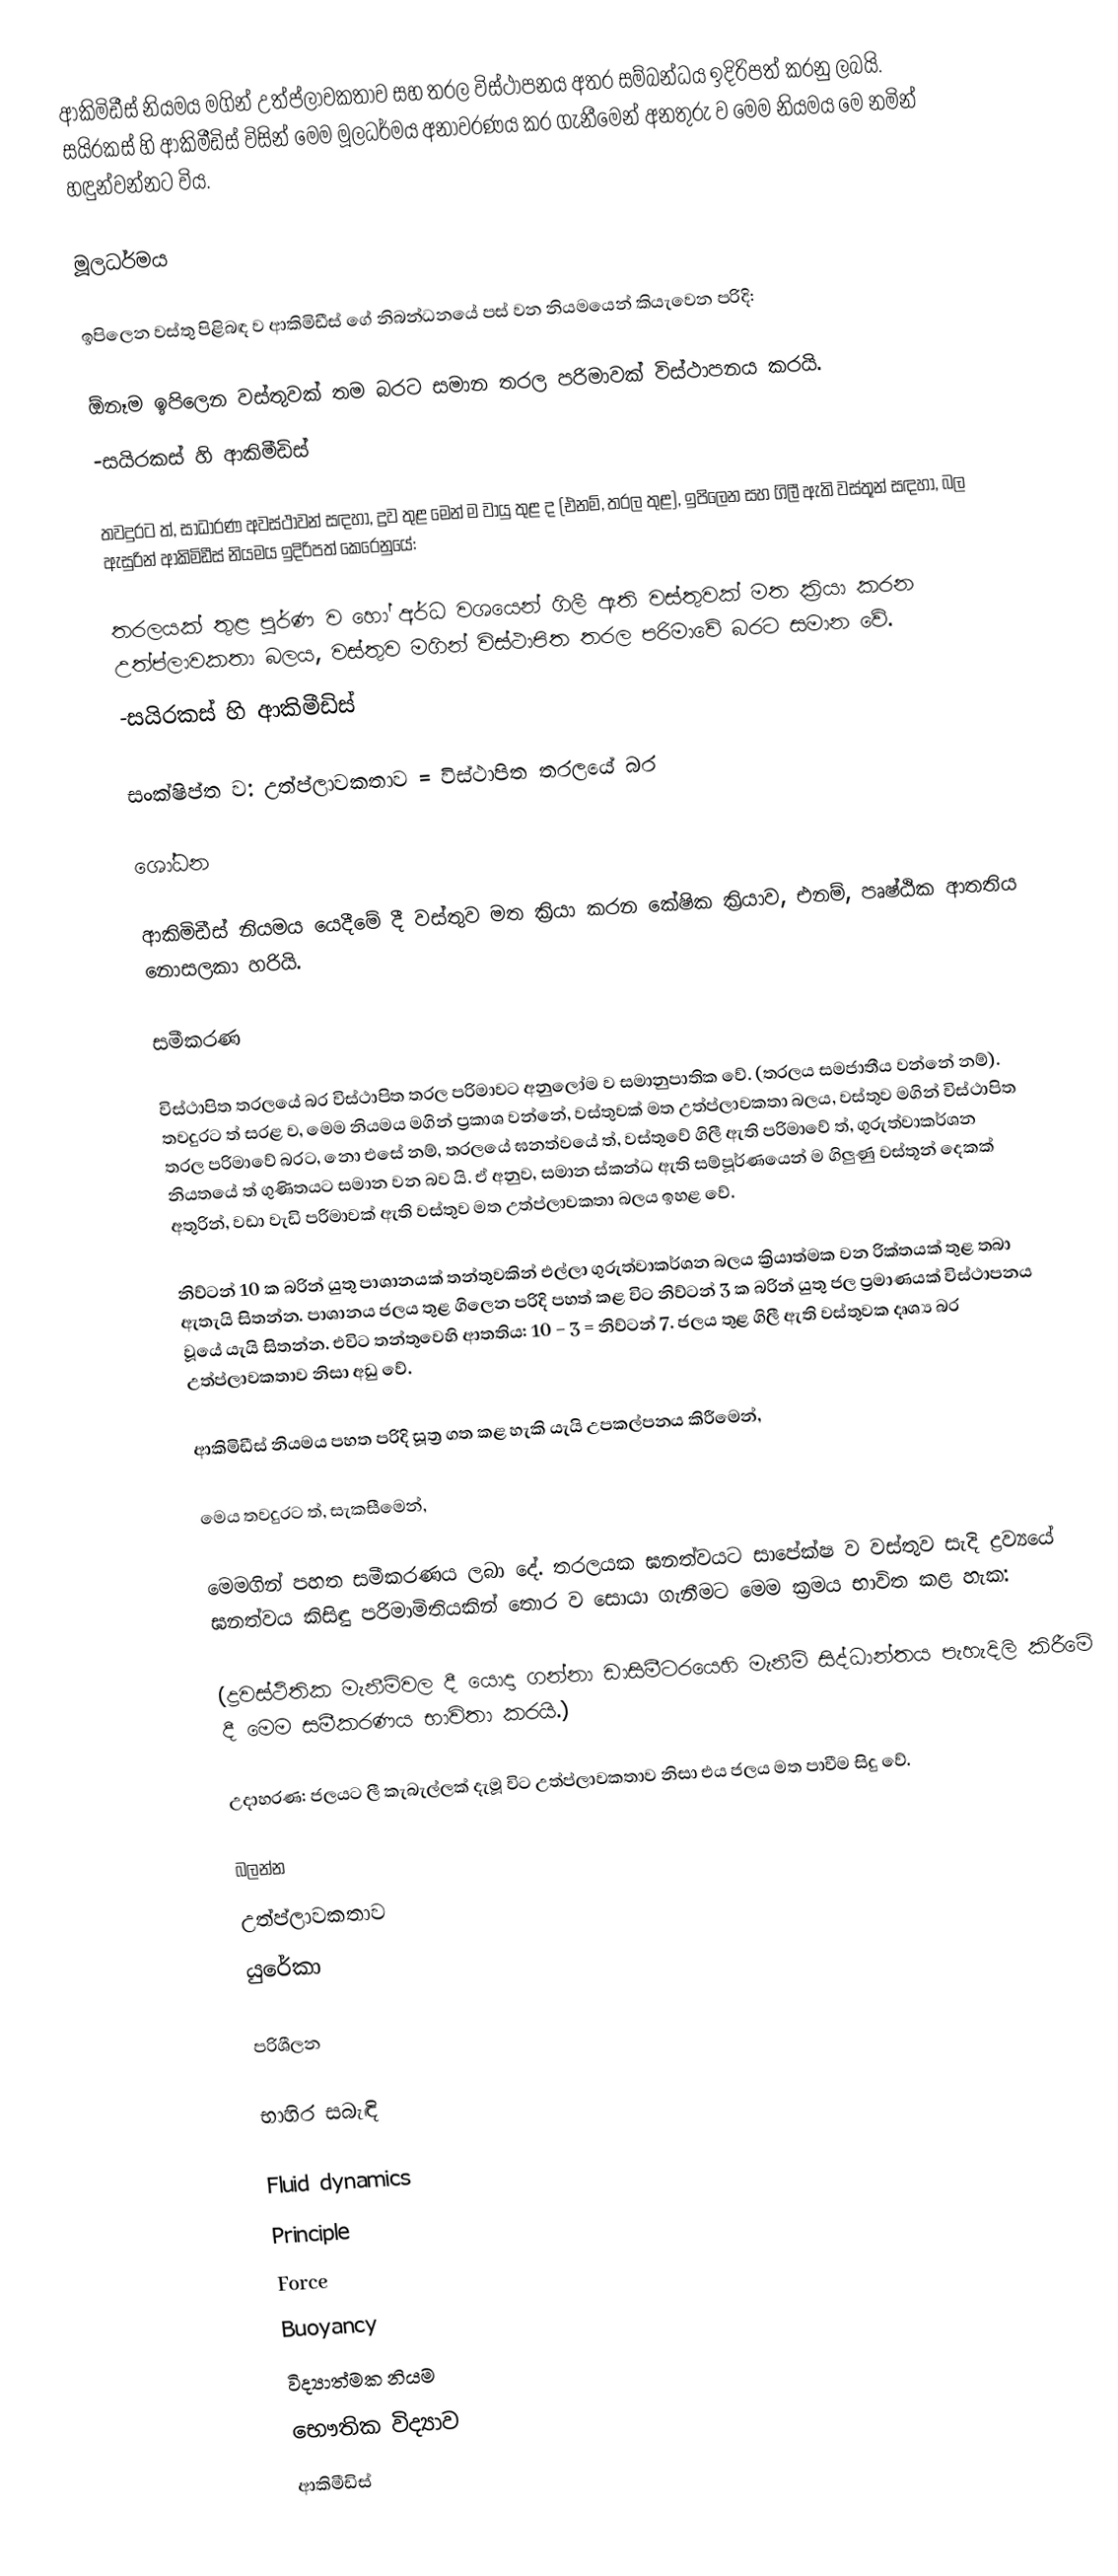
ආකිමිඩීස් නියමය මගින් උත්ප්ලාවකතාව සහ තරල විස්ථාපනය අතර සම්බන්ධය ඉදිරිපත් කරනු ලබයි.  සයිරකස් හි ආකිමීඩිස් විසින් මෙම මූලධර්මය ‍අනාවරණය කර ගැනීමෙන් අනතුරු ව මෙම නියමය මෙ නමින් හඳුන්වන්නට විය.

මූලධර්මය

ඉපිලෙන වස්තු පිළිබඳ ව ආකිමිඩීස් ගේ නිබන්ධනයේ පස් වන නියමයෙන් කියැවෙන පරිදි:

ඕනෑම ඉපිලෙන වස්තුවක් තම බරට සමාන තරල පරිමාවක් විස්ථාපනය කරයි.
-සයිරකස් හි ආකිමීඩිස්

තවදුරට ත්, සාධාරණ අවස්ථාවන් සඳහා, ද්‍රව තුළ මෙන් ම වායු තුළ ද (එනම්, තරල තුළ), ඉපිලෙන සහ ගිලී ඇති වස්තූන් සඳහා, බල ඇසුරින් ආකිමිඩීස් නියමය ඉදිරිපත් කෙරෙනුයේ:

තරලයක් තුළ පූර්ණ ව හෝ අර්ධ වශයෙන් ගිලී ඇති වස්තුවක් මත ක්‍රියා කරන උත්ප්ලාවකතා බලය, වස්තුව මගින් විස්ථාපිත තරල පරිමාවේ බරට සමාන වේ.
-සයිරකස් හි ආකිමීඩිස්

සංක්ෂිප්ත ව: උත්ප්ලාවකතාව = විස්ථාපිත තරලයේ බර

ශෝධන

ආකිමිඩීස් නියමය යෙදීමේ දී වස්තුව මත ක්‍රියා කරන කේෂික ක්‍රියාව, එනම්, පෘෂ්ඨික ආතතිය නොසලකා හරියි.

සමීකරණ

විස්ථාපිත තරලයේ බර විස්ථාපිත තරල පරිමාවට අනුලෝම ව සමානුපාතික වේ. (තරලය සමජාතීය වන්නේ නම්). තවදුරට ත් සරළ ව, මෙම නියමය මගින් ප්‍රකාශ වන්නේ, වස්තුවක් මත උත්ප්ලාවකතා බලය, වස්තුව මගින් විස්ථාපිත තරල පරිමාවේ බරට, නො එසේ නම්, තරලයේ ඝනත්වයේ ත්, වස්තුවේ ගිලී ඇති පරිමාවේ ත්, ගුරුත්වාකර්ශන නියතයේ ත් ගුණිතයට සමාන වන බව යි. ඒ අනුව, සමාන ස්කන්ධ ඇති සම්පූර්ණයෙන් ම ගිලුණු වස්තූන් දෙකක් අතුරින්, වඩා වැඩි පරිමාවක් ඇති වස්තුව මත උත්ප්ලාවකතා බලය ඉහළ වේ.

නිව්ටන් 10 ක බරින් යුතු පාශානයක් තන්තුවකින් එල්ලා ගුරුත්වාකර්ශන බලය ක්‍රියාත්මක වන රික්තයක් තුළ තබා ඇතැයි සිතන්න. පාශානය ජලය තුළ ගිලෙන පරිදි පහත් කළ විට නිව්ටන් 3 ක බරින් යුතු ජල ප්‍රමාණයක් විස්ථාපනය වූයේ යැයි සිතන්න. එවිට තන්තුවෙහි ආතතිය: 10 − 3 = නිව්ටන් 7. ජලය තුළ ගිලී ඇති වස්තුවක දෘශ්‍ය බර උත්ප්ලාවකතාව නිසා අඩු වේ.

ආකිමිඩීස් නියමය පහත පරිදි සූත්‍ර ගත කළ හැකි යැයි උපකල්පනය කිරීමෙන්,

මෙය තවදුරට ත්, සැකසීමෙන්,

මෙමගින් පහත සමීකරණය ලබා දේ. තරලයක ඝනත්වයට සාපේක්ෂ ව වස්තුව සැදි ද්‍රව්‍යයේ ඝනත්වය කිසිඳු පරිමාමිතියකින් තොර ව සොයා ගැනීමට මෙම ක්‍රමය භාවිත කළ හැක:

(ද්‍රවස්ථිතික මැනීම්වල දී යොදා ගන්නා ඩාසිමීටරයෙහි මැනීම් සිද්ධාන්තය පැහැදිලි කිරීමේ දී මෙම සමීකරණය භාවිතා කරයි.)

උදාහරණ: ජලයට ලී කැබැල්ලක් දැමූ විට උත්ප්ලාවකතාව නිසා එය ජලය මත පාවීම සිදු වේ.

බලන්න
 උත්ප්ලාවකතාව
 යුරේකා

පරිශීලන

භාහිර සබැඳි

Fluid dynamics
Principle
Force
Buoyancy
විද්‍යාත්මක නියම
භෞතික විද්‍යාව
ආකිමීඩිස්